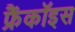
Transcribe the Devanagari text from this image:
फ्रैंकॉइस